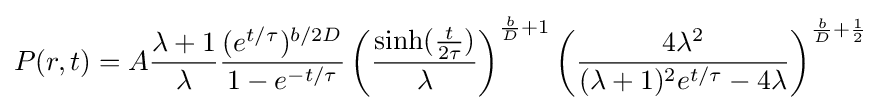
P(r,t)=A{\frac {\lambda +1}{\lambda }}{\frac {(e^{t/\tau })^{b/2D}}{1-e^{-t/\tau }}}\left({\frac {\sinh({\frac {t}{2\tau }})}{\lambda }}\right)^{{\frac {b}{D}}+1}\left({\frac {4\lambda ^{2}}{(\lambda +1)^{2}e^{t/\tau }-4\lambda }}\right)^{{\frac {b}{D}}+{\frac {1}{2}}}